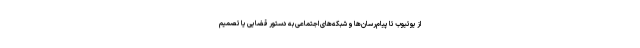
از یوتیوب تا پیام‌رسان‌ها و شبکه‌های اجتماعی به دستور قضایی یا تصمیم